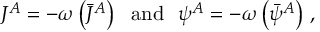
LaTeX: J ^ { A } = - \omega \left( \bar { J } ^ { A } \right) \ \ \mathrm { a n d } \ \ \psi ^ { A } = - \omega \left( \bar { \psi } ^ { A } \right) \, ,